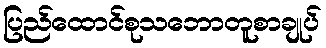
ပြည်ထောင်စုသဘောတူစာချုပ်